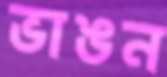
ভাঙন